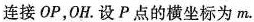
连接OP，OH.设P点的横坐标为m.